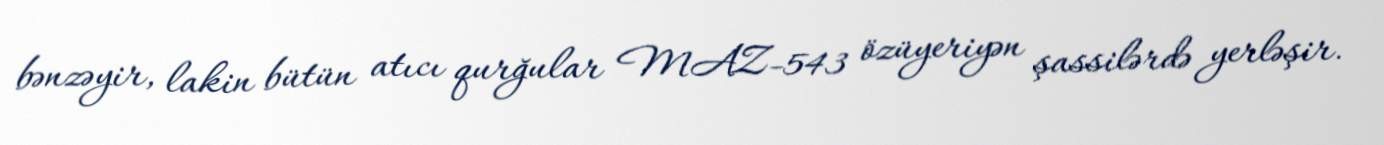
bənzəyir, lakin bütün atıcı qurğular MAZ-543 özüyeriyən şassilərdə yerləşir.